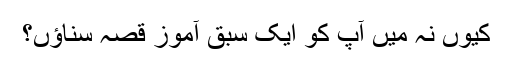
کیوں نہ میں آپ کو ایک سبق آموز قصہ سناؤں؟